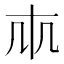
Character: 𠦐